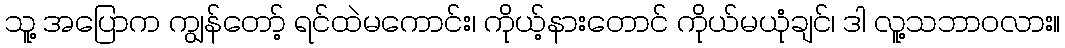
သူ့ အပြောက ကျွန်တော့် ရင်ထဲမကောင်း၊ ကိုယ့်နားတောင် ကိုယ်မယုံချင်၊ ဒါ လူ့သဘာဝလား။